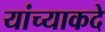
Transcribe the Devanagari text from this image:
यांच्याकदे